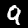
Digit: 9